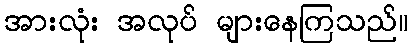
အားလုံး အလုပ် များနေကြသည်။